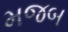
મજબ